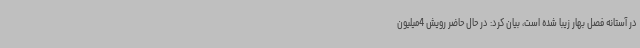
در آستانه فصل بهار زیبا شده است، بیان کرد: در حال حاضر رویش 4میلیون